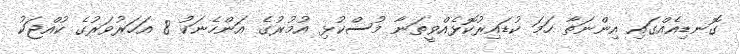
ގޮނޑިއެއްގައި އިންނަތާ ހަމަ ކުޑައިރުކޮޅެއްވީތަނާ މުސްކުޅި އުމުރުގެ އަންހެނަކު 8 އަހަރުވަރުގެ ކުއްޖަކު